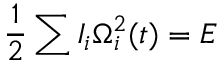
\frac 1 2 \sum I _ { i } \Omega _ { i } ^ { 2 } ( t ) = E